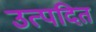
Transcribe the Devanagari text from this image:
उत्पदित